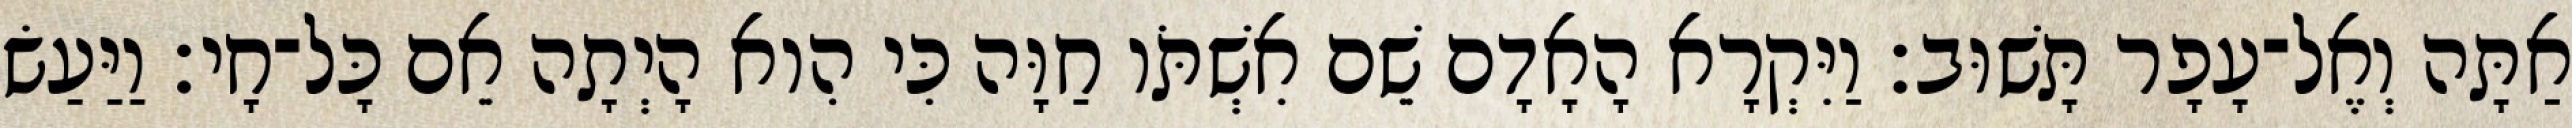
אַתָּה וְאֶל־עָפָר תָּשׁוּב׃ וַיִּקְרָא הָאָדָם שֵׁם אִשְׁתֹּו חַוָּה כִּי הִוא הָיְתָה אֵם כָּל־חָי׃ וַיַּעַשׂ